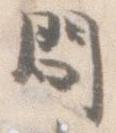
問